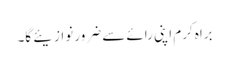
براہ کرم اپنی رائے سے ضرور نوازیئے گا۔